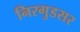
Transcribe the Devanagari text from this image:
निरगुडसर